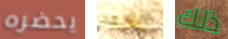
يحضره التابعة ذلك